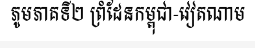
ភូមភាគទី២ ព្រំដែនកម្ពុជា-វៀតណាម